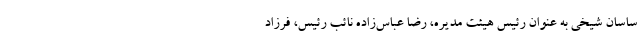
ساسان شیخی به عنوان رئیس هیئت مدیره، رضا عباس‌زاده نائب رئیس، فرزاد